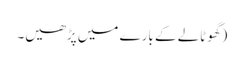
(گھوٹالے کے بارے میں پڑھیں۔